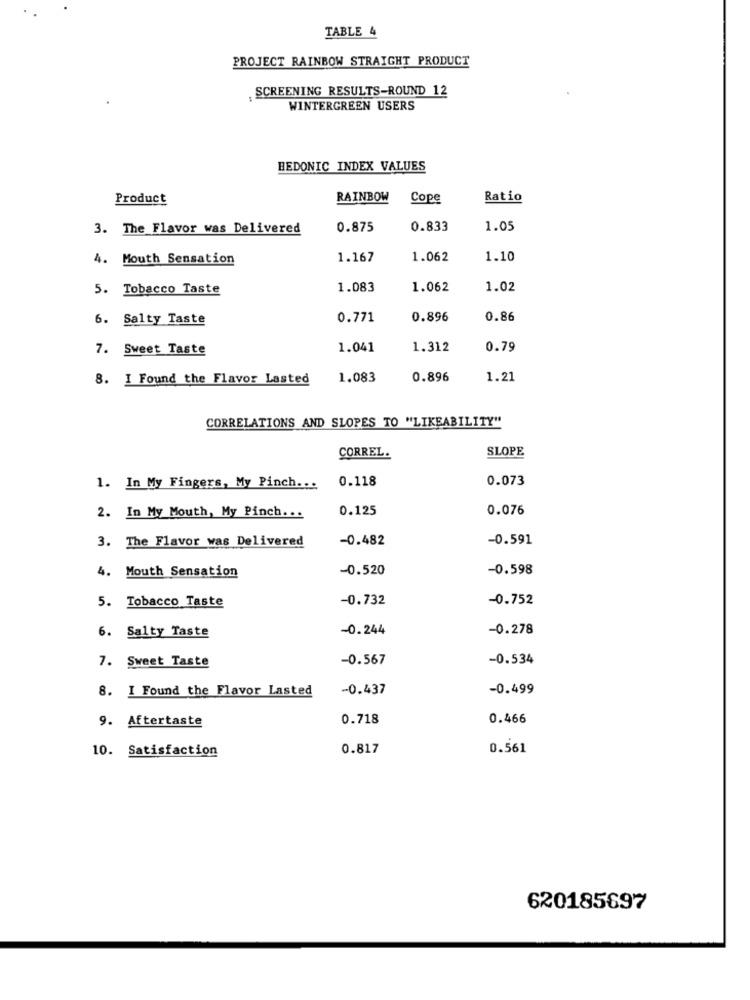
TABLE 4
PROJECT RAINBOW STRAIGHT PRODUCT
SCREENING RESULTS-ROUND 12
WINTERGREEN USERS
HEDONIC INDEX VALUES
Product
RAINBOW
Cope
Ratio
3. The Flavor was Delivered
0.875
0.833
1.05
4. Mouth Sensation
1.167
1.062
1.10
5. Tobacco Taste
1.083
1.062
1.02
6. Salty Taste
0.771
0.896
0.86
7. Sweet Taste
1.041
1.312
0.79
8. I Found the Flavor Lasted
1.083
0.896
1.21
CORRELATIONS AND SLOPES TO "LIKEABILITY"
SLOPE
CORREL.
0.118
0.073
1. In My Fingers, My Pinch ...
0.125
0.076
2. In My Mouth, My Pinch ...
3. The Flavor was Delivered
-0.482
-0.591
4. Mouth Sensation
-0.520
-0.598
5. Tobacco Taste
-0.732
-0.752
6. Salty Taste
-0.244
-0.278
7. Sweet Taste
-0.567
-0.534
8. I Found the Flavor Lasted
-0.437
-0.499
9. Aftertaste
0.718
0.466
10. Satisfaction
0.817
0.561
620185697